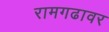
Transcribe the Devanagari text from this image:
रामगढावर